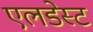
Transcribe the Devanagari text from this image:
एलडेस्ट